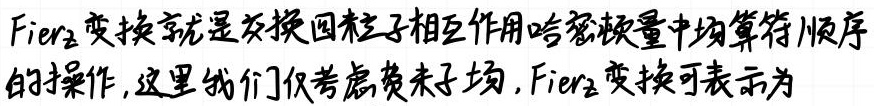
Fierz变换就是交换四粒子相互作用哈密顿量中场算符顺序的操作,这里我们仅考虑费米子场,Fierz变换可表示为